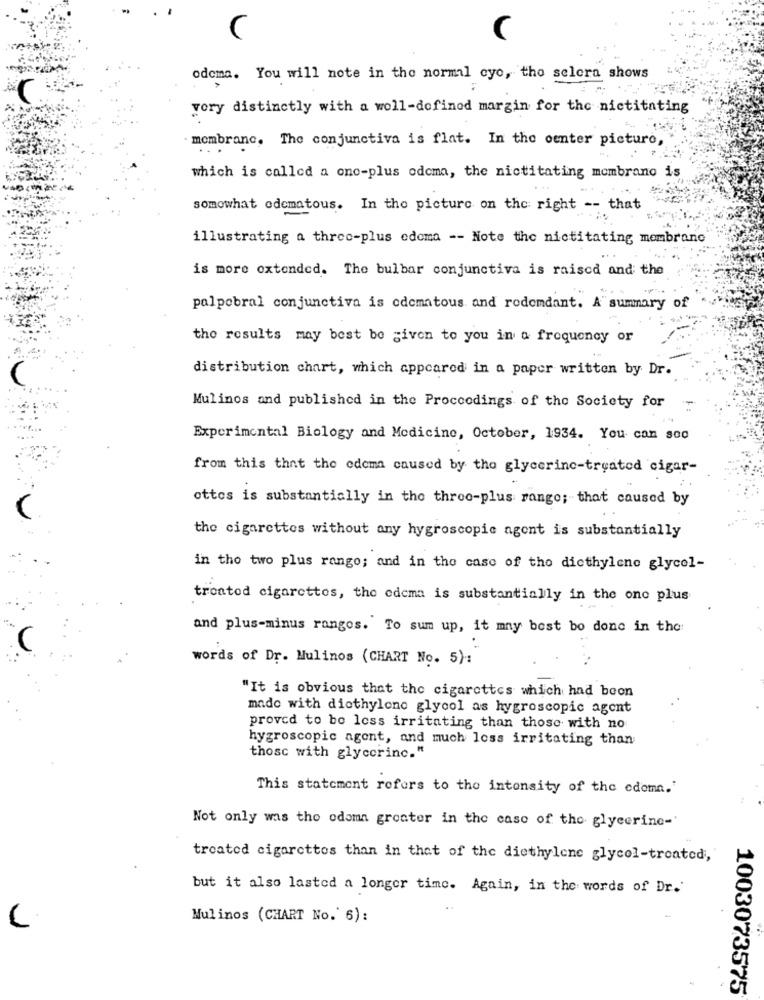
C
C
odoma. You will note in the normal cyo, tho selera shows
vory distinctly with a well-defined margin for the nictitating
mombranc. The conjunctiva is flat. In the center picture,
...
which is called a one-plus odcma, the nictitating membrano is
somowhat odematous. In the picture on the right -- that
illustrating a three-plus odoma -- Note the nictitating membrane
is more extended. The bulbar conjunctiva is raised and the
palpebral conjunctiva is odematous and rodemdant. A" summary of
the results may best be given to you in & frequency or
distribution chart, which appeared in a paper written by Dr.
Mulinos and published in the Proceedings of the Society for
-
Experimental Biology and Medicine, October, 1934. You can soo
from this that the edema caused by the glycerine-treated cigar-
ottos is substantially in the three-plus rango; that caused by
the cigarettes without any hygroscopic agent is substantially
in the two plus rango; and in the case of tho diethylene glycol-
troatod cigarettes, the edema is substantially in the one plus
and plus-minus rangos. To sum up, it may best bo done in the:
words of Dr. Mulinos (CHART No. 5):
"It is obvious that the cigarettes which had been
made with diethylone glycol as hygroscopic agent
proved to be less irritating than those with no
hygroscopic agent, and much less irritating than
those with glycerinc."
This statement refers to the intensity of the edoma."
Not only was the odomn greater in the case of the glycerine-'
troated cigarettes than in that of the diethylene glycol-treated,"
but it also lasted a longer time. Again, in the words of Dr.
Mulinos (CHART No.' 6):
1003073575